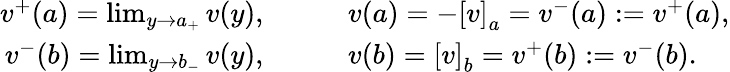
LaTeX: \begin{array}{rl}{v^{+}(a)=\operatorname*{lim}_{y\rightarrow a_{+}}v(y),\qquad}&{v(a)=-\left[v\right]_{a}=v^{-}(a):=v^{+}(a),}\\ {v^{-}(b)=\operatorname*{lim}_{y\rightarrow b_{-}}v(y),\qquad}&{v(b)=\left[v\right]_{b}=v^{+}(b):=v^{-}(b).}\end{array}